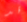
قد